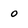
Character: 0